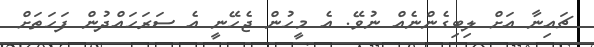
ޗައިނާ އަށް ލިބިގެންނެއް ނުވޭ. އެ މީހުން ޖެހޭނީ އެ ސަރަހައްދުން ފަހަތަށް